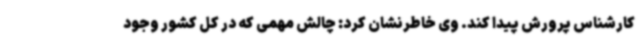
کارشناس پرورش پیدا کند. وی خاطرنشان کرد: چالش مهمی که در کل کشور وجود